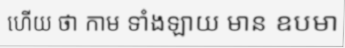
ហើយ ថា កាម ទាំងឡាយ មាន ឧបមា